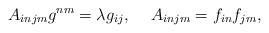
LaTeX: \begin{align*}A_{injm} g^{nm} = \lambda g_{ij}, \hspace{5mm} A_{injm} = f_{in}f_{jm}, \end{align*}